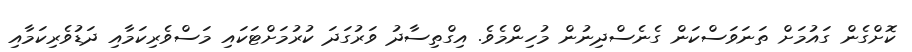
ކޮށްގެން ގައުމަށް ތަނަވަސްކަން ގެނެސްދިނުން މުހިންމެވެ. އިގްތިސާދު ވަރުގަދަ ކުރުމަށްޓަކައި މަސްވެރިކަމާއި ދަޑުވެރިކަމާއި